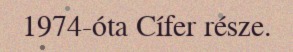
1974-óta Cífer része.